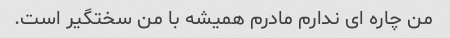
من چاره ای ندارم مادرم همیشه با من سختگیر است.